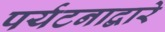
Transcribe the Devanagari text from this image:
पर्यटनाद्वारे